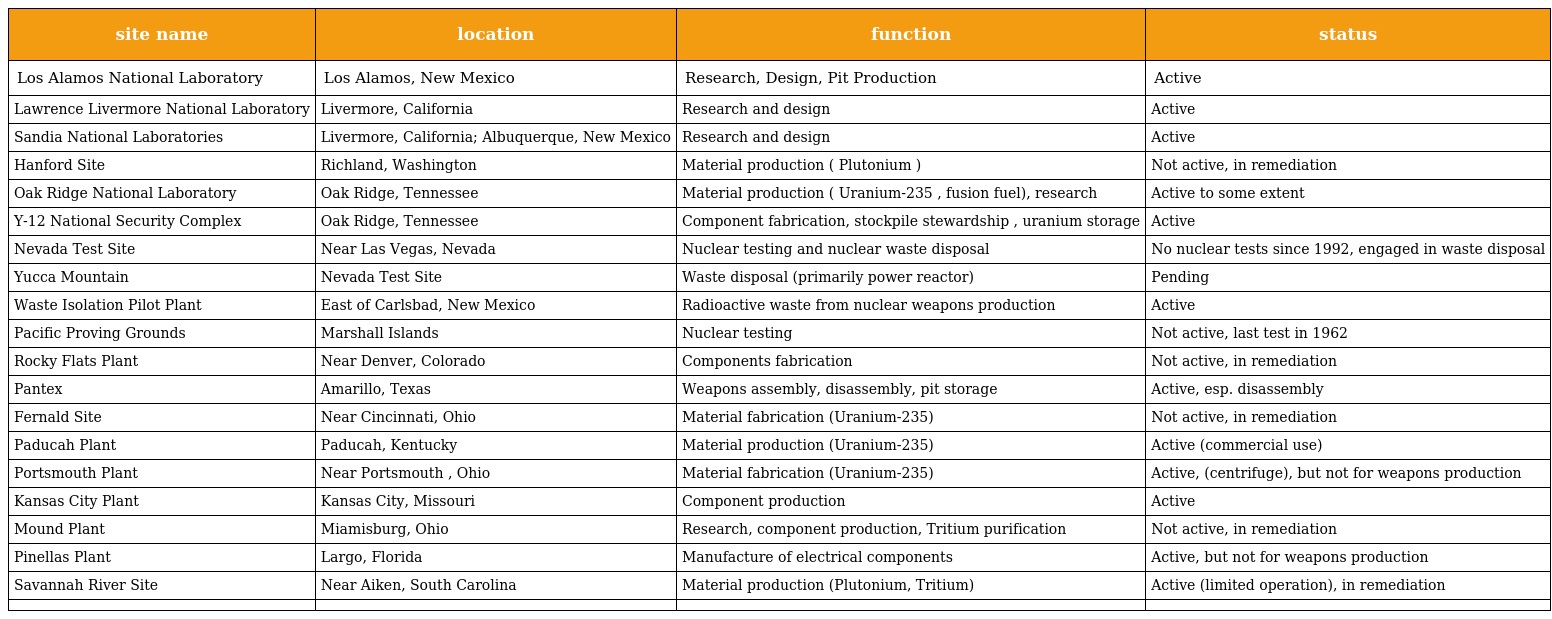
| site name | location | function | status |
 | --- | --- | --- | --- |
 | Los Alamos National Laboratory | Los Alamos, New Mexico | Research, Design, Pit Production | Active |
 | Lawrence Livermore National Laboratory | Livermore, California | Research and design | Active |
 | Sandia National Laboratories | Livermore, California; Albuquerque, New Mexico | Research and design | Active |
 | Hanford Site | Richland, Washington | Material production ( Plutonium ) | Not active, in remediation |
 | Oak Ridge National Laboratory | Oak Ridge, Tennessee | Material production ( Uranium-235 , fusion fuel), research | Active to some extent |
 | Y-12 National Security Complex | Oak Ridge, Tennessee | Component fabrication, stockpile stewardship , uranium storage | Active |
 | Nevada Test Site | Near Las Vegas, Nevada | Nuclear testing and nuclear waste disposal | No nuclear tests since 1992, engaged in waste disposal |
 | Yucca Mountain | Nevada Test Site | Waste disposal (primarily power reactor) | Pending |
 | Waste Isolation Pilot Plant | East of Carlsbad, New Mexico | Radioactive waste from nuclear weapons production | Active |
 | Pacific Proving Grounds | Marshall Islands | Nuclear testing | Not active, last test in 1962 |
 | Rocky Flats Plant | Near Denver, Colorado | Components fabrication | Not active, in remediation |
 | Pantex | Amarillo, Texas | Weapons assembly, disassembly, pit storage | Active, esp. disassembly |
 | Fernald Site | Near Cincinnati, Ohio | Material fabrication (Uranium-235) | Not active, in remediation |
 | Paducah Plant | Paducah, Kentucky | Material production (Uranium-235) | Active (commercial use) |
 | Portsmouth Plant | Near Portsmouth , Ohio | Material fabrication (Uranium-235) | Active, (centrifuge), but not for weapons production |
 | Kansas City Plant | Kansas City, Missouri | Component production | Active |
 | Mound Plant | Miamisburg, Ohio | Research, component production, Tritium purification | Not active, in remediation |
 | Pinellas Plant | Largo, Florida | Manufacture of electrical components | Active, but not for weapons production |
 | Savannah River Site | Near Aiken, South Carolina | Material production (Plutonium, Tritium) | Active (limited operation), in remediation |
 |  |  |  |  |